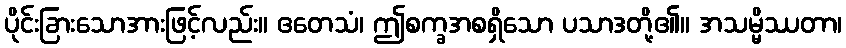
ပိုင်းခြားသောအားဖြင့်လည်း။ ဧတေသံ၊ ဤစက္ခအစရှိသော ပသာဒတို့၏။ အသမ္မိဿတာ၊